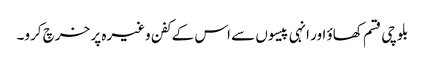
بلوچی قسم کھاؤ اور انہی پیسوں سے اس کے کفن وغیرہ پر خرچ کرو۔